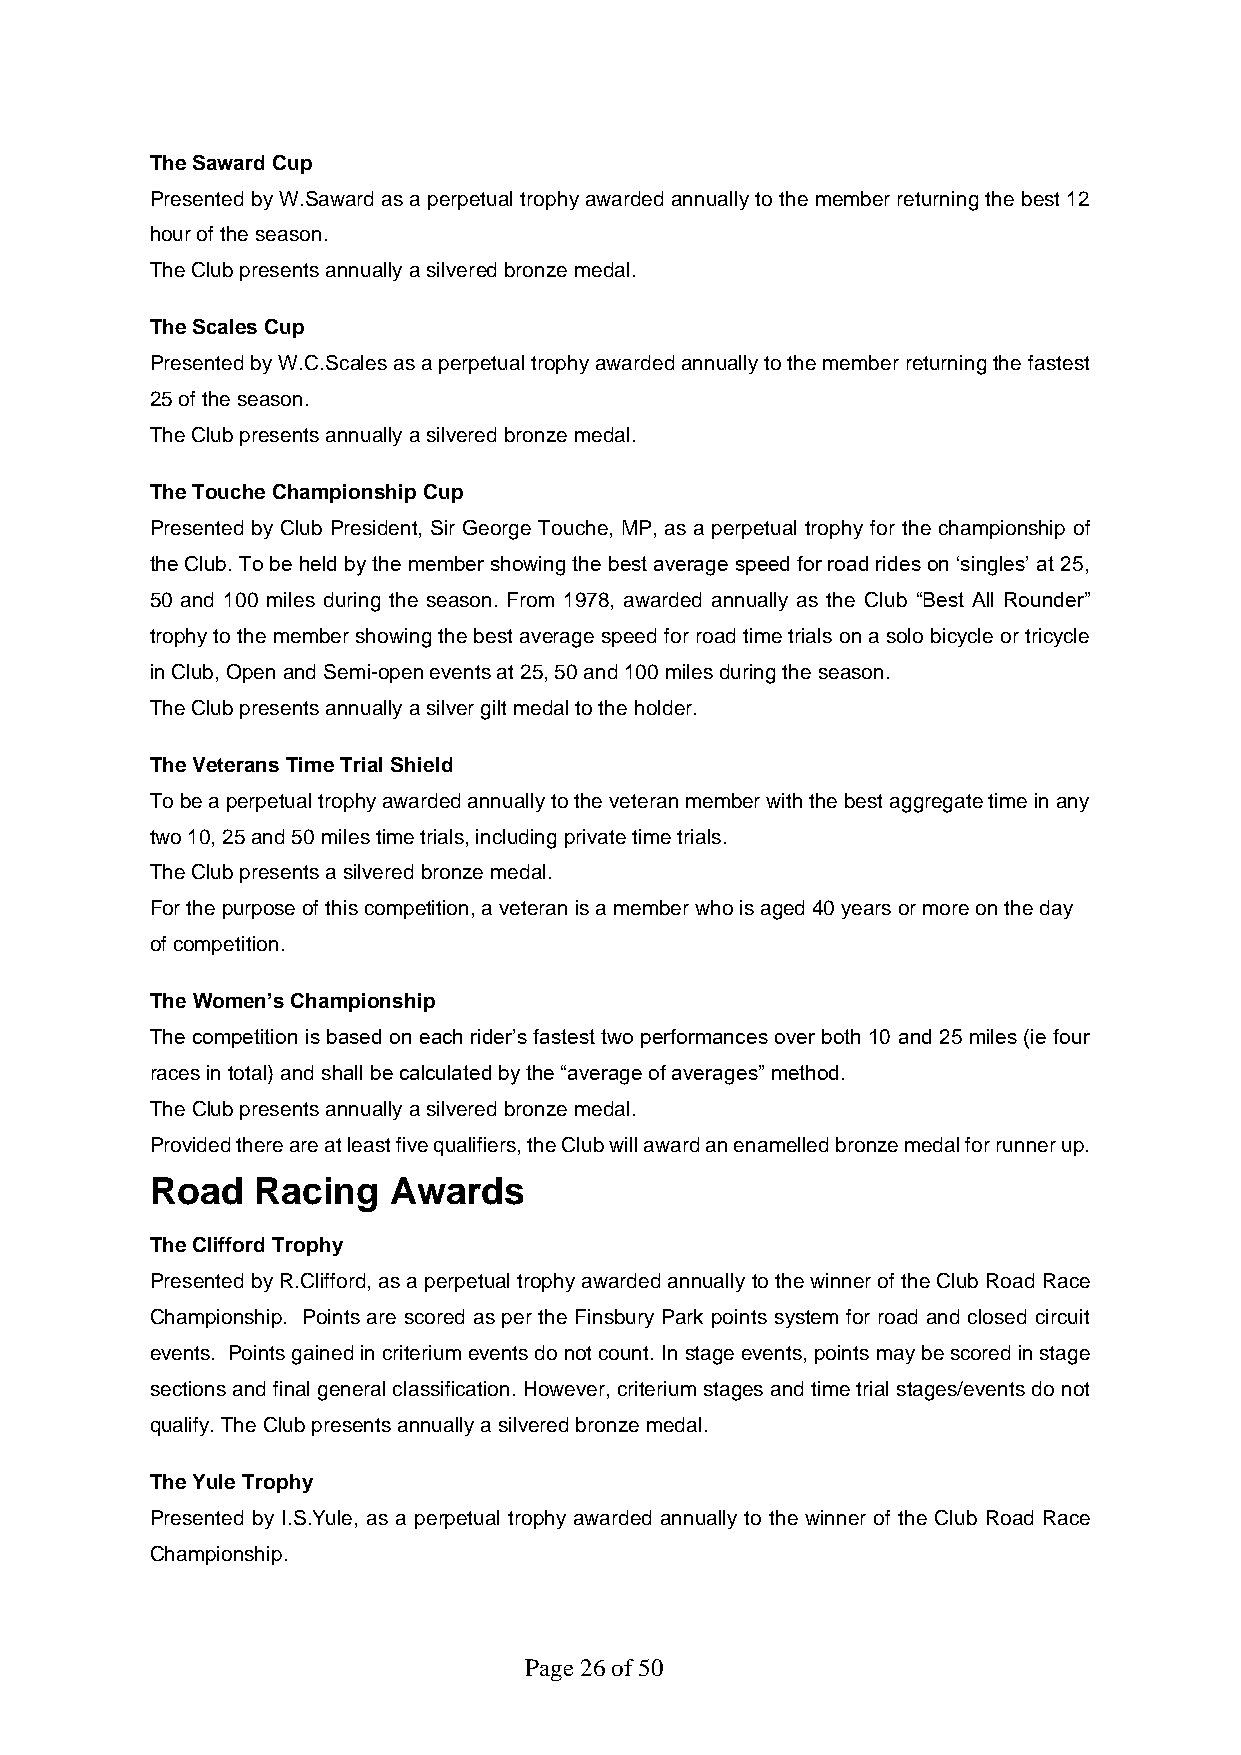
The Saward Cup
 Presented by W.Saward as a perpetual trophy awarded annually to the member returning the best 12
 hour of the season.
 The Club presents annually a silvered bronze medal.
 The Scales Cup
 Presented by W.C.Scales as a perpetual trophy awarded annually to the member returning the fastest
 25 of the season.
 The Club presents annually a silvered bronze medal.
 The Touche Championship Cup
 Presented by Club President, Sir George Touche, MP, as a perpetual trophy for the championship of
 the Club. To be held by the member showing the best average speed for road rides on ‘singles’ at 25,
 50 and 100 miles during the season. From 1978, awarded annually as the Club “Best All Rounder”
 trophy to the member showing the best average speed for road time trials on a solo bicycle or tricycle
 in Club, Open and Semi-open events at 25, 50 and 100 miles during the season.
 The Club presents annually a silver gilt medal to the holder.
 The Veterans Time Trial Shield
 To be a perpetual trophy awarded annually to the veteran member with the best aggregate time in any
 two 10, 25 and 50 miles time trials, including private time trials.
 The Club presents a silvered bronze medal.
 For the purpose of this competition, a veteran is a member who is aged 40 years or more on the day
 of competition.
 The Women’s Championship
 The competition is based on each rider’s fastest two performances over both 10 and 25 miles (ie four
 races in total) and shall be calculated by the “average of averages” method.
 The Club presents annually a silvered bronze medal.
 Provided there are at least five qualifiers, the Club will award an enamelled bronze medal for runner up.
 Road   Racing   Awards
 The Clifford Trophy
 Presented by R.CIifford, as a perpetual trophy awarded annually to the winner of the Club Road Race
 Championship. Points are scored as per the Finsbury Park points system for road and closed circuit
 events. Points gained in criterium events do not count. In stage events, points may be scored in stage
 sections and final general classification. However, criterium stages and time trial stages/events do not
 qualify. The Club presents annually a silvered bronze medal.
 The Yule Trophy
 Presented by I.S.Yule, as a perpetual trophy awarded annually to the winner of the Club Road Race
 Championship.
 Page 26 of 50